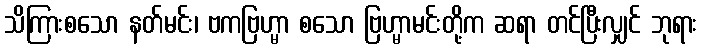
သိကြားစသော နတ်မင်း၊ ဗကဗြဟ္မာ စသော ဗြဟ္မာမင်းတို့က ဆရာ တင်ပြီးလျှင် ဘုရား